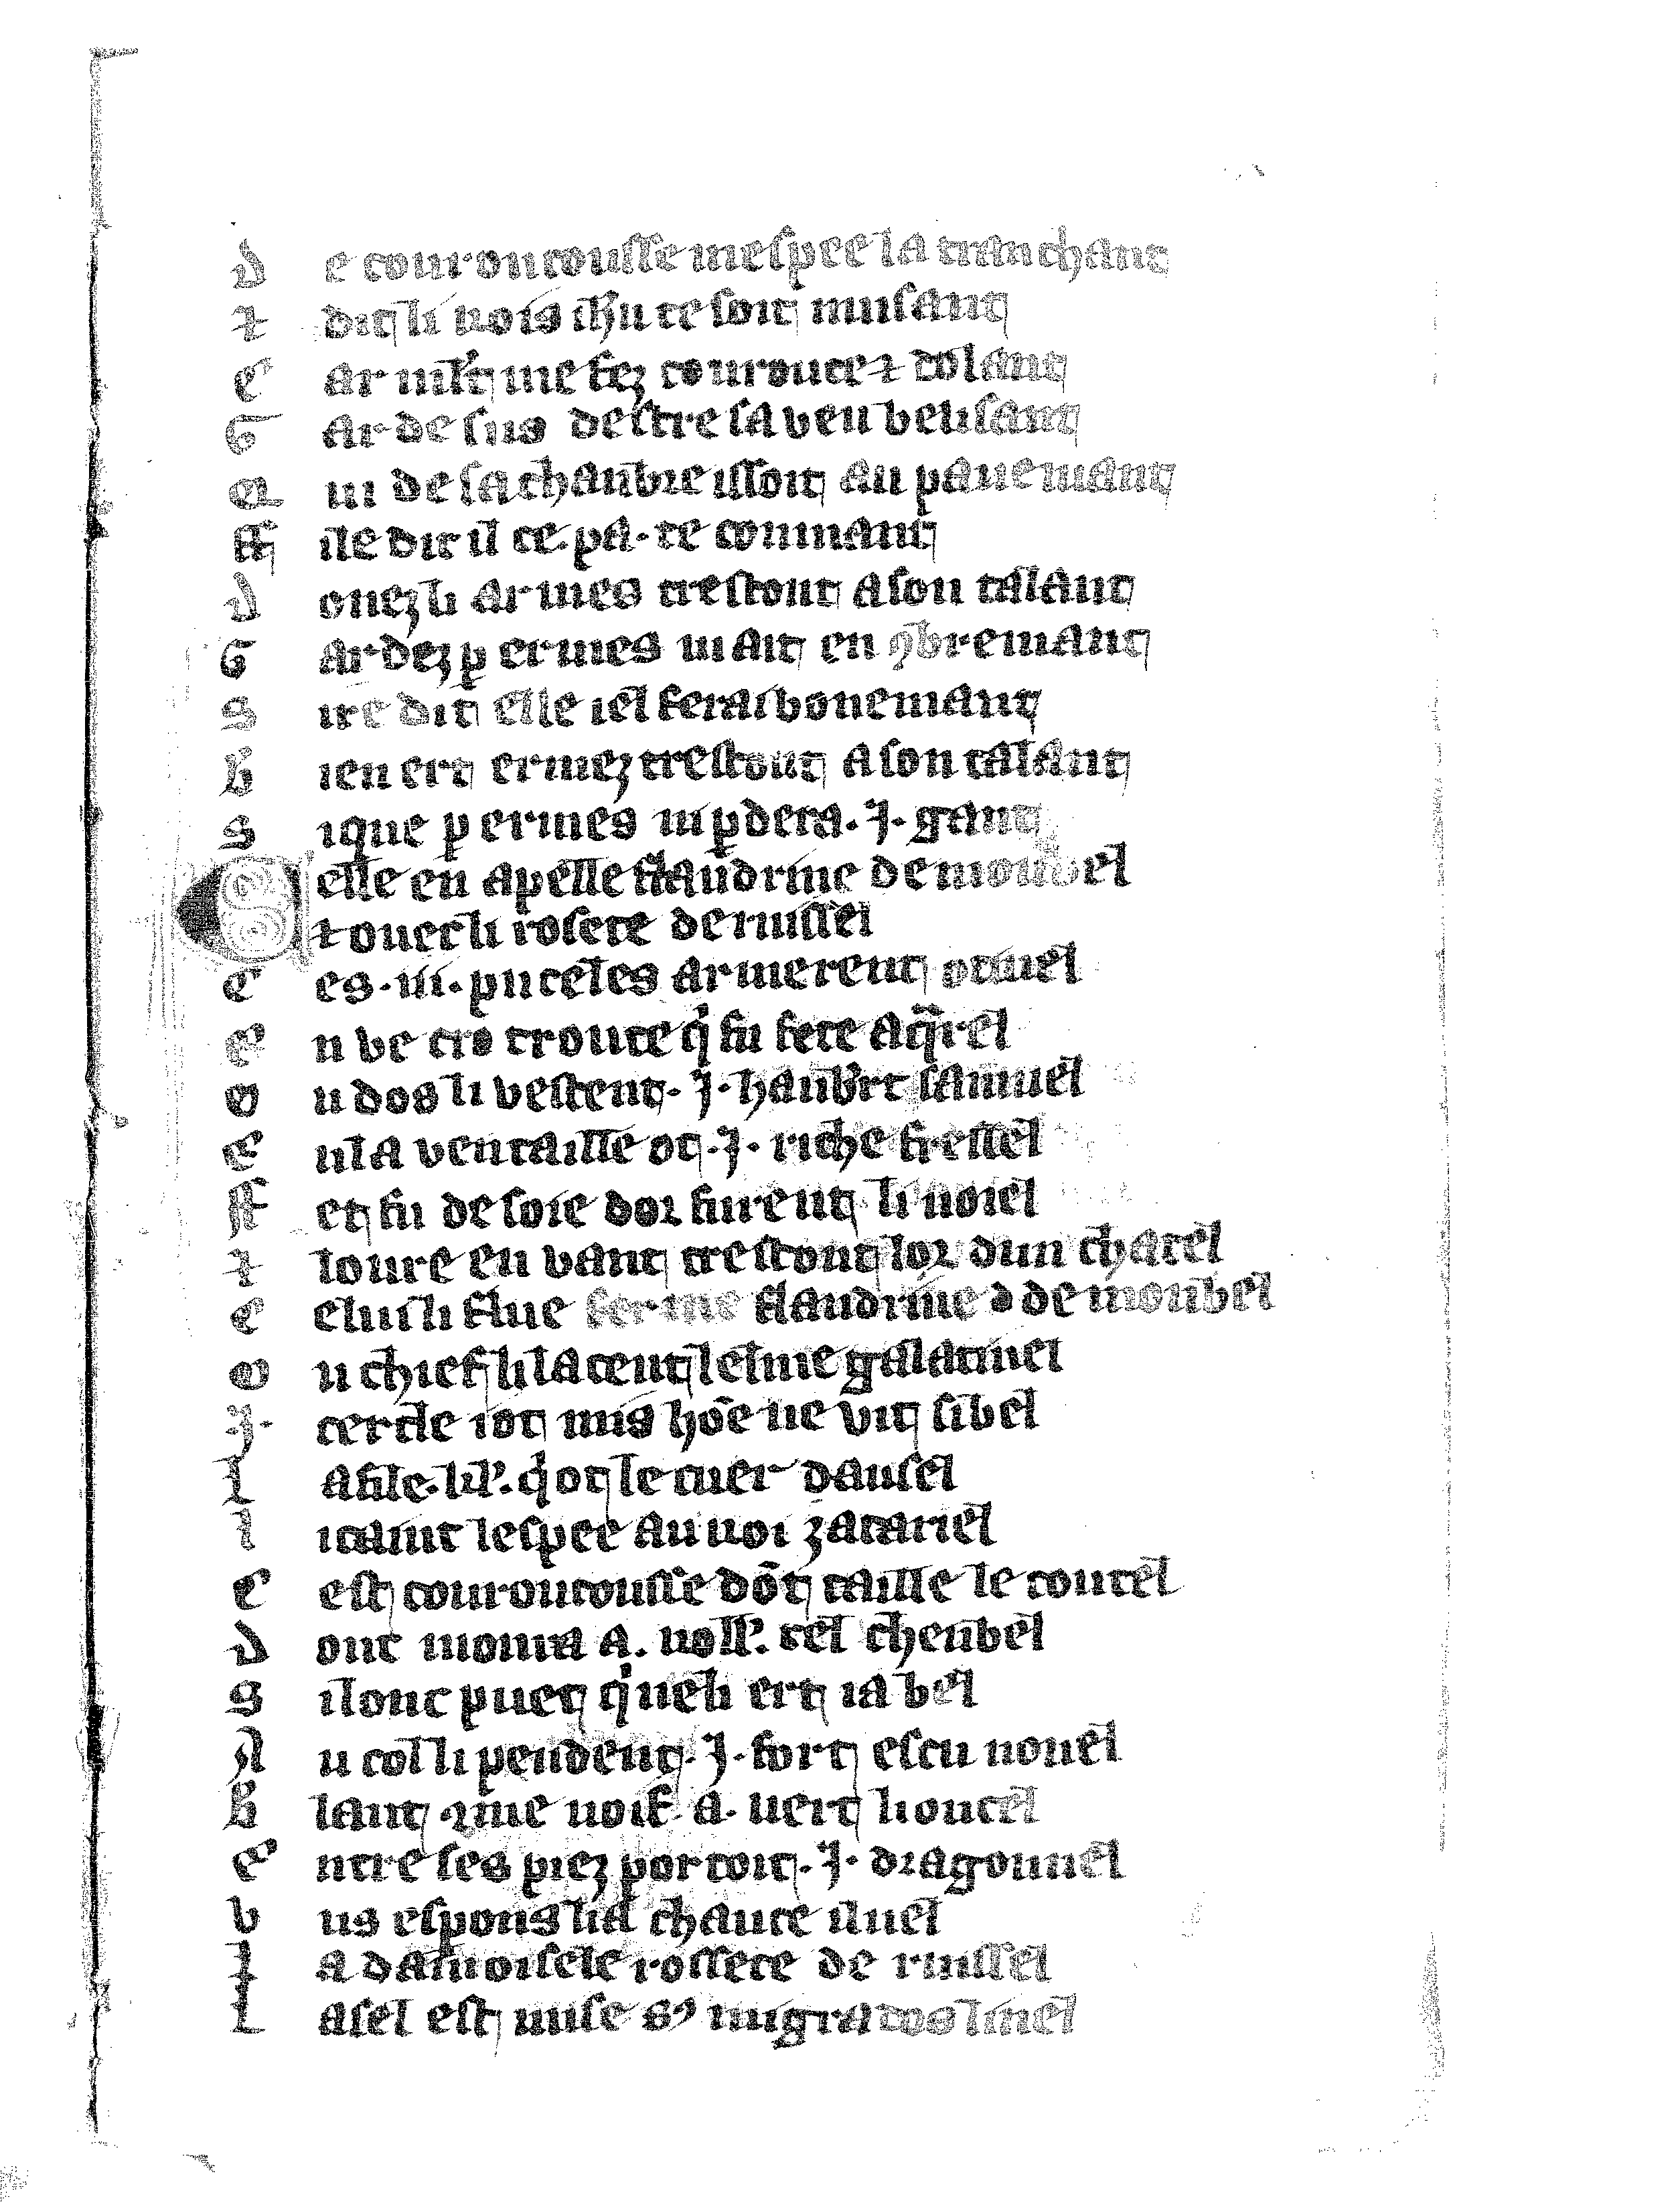
Shelfmark: Vatican, Biblioteca apostolica vaticana, Reg.lat. 1616
Century: 14